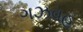
ગઝવહ